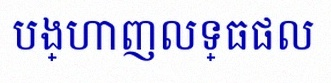
បង្ហាញលទ្ធផល